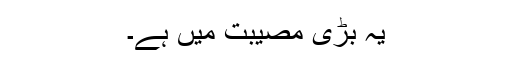
يہ بڑی مصيبت ميں ہے۔